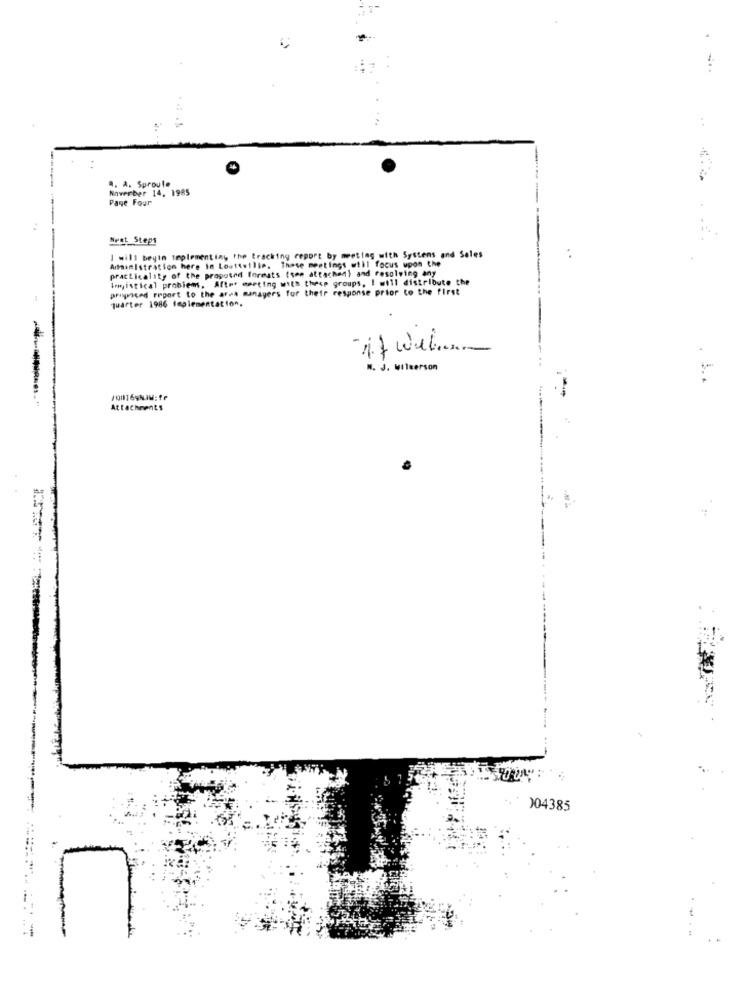
a. A. Sproule
Noverber 14, 1985
Pane Four
Nest_Steps
I will beyin teplementing the tracking report by meeting with Systens and Sales
Administration here in Loutteilis. These meetings will focus upon the
practicality of the proposed formats (see attachen) and resolving any
Imyistical problems, After meeting with these groups, I will distribute the
ving any
proposed report to the area managers for their response prior to the first
quarter 1986 implementation,
M . J . wilkerson
. S.
Attachments
)04385
7